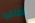
تطلقوا